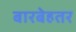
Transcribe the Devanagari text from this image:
बारबेहतर